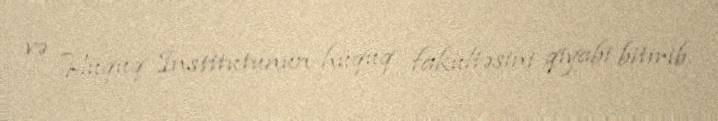
və Hüquq İnstitutunun hüquq fakültəsini qiyabi bitirib.